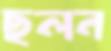
ছলন